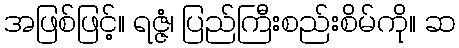
အဖြစ်ဖြင့်။ ရဇ္ဇံ၊ ပြည်ကြီးစည်းစိမ်ကို။ ဆ